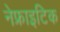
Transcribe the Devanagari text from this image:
नेफ्राइटिक